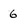
Character: 6